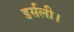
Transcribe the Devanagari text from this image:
डर्सली।